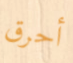
أحرق